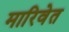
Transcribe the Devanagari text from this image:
मारिवेत